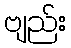
ဗျည်း